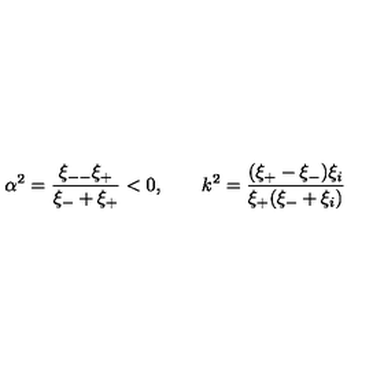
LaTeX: \alpha ^ { 2 } = \frac { \xi _ { -- } \xi _ { + } } { \xi _ { - } + \xi _ { + } } < 0 , \qquad k ^ { 2 } = \frac { ( \xi _ { + } - \xi _ { - } ) \xi _ { i } } { \xi _ { + } ( \xi _ { - } + \xi _ { i } ) }